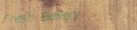
Fresh Bakery